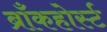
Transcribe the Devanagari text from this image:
ब्राँकहोर्स्ट